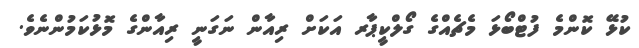
ކުޅޭ ކޮންމެ ފުޓްބޯޅަ މެޗެއްގެ ގޯލްކީޕާރ އަކަށް ރިއާން ނަގަނީ ރިއާންގެ މޮޅުކަމުންނެވެ.